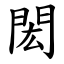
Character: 閎